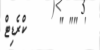
' "" "     	ކްރެޑިޓް